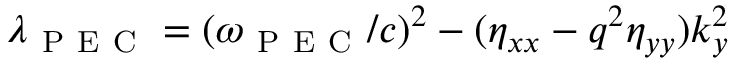
\lambda _ { \mathrm { ~ P ~ E ~ C ~ } } = ( \omega _ { \mathrm { ~ P ~ E ~ C ~ } } / c ) ^ { 2 } - ( \eta _ { x x } - q ^ { 2 } \eta _ { y y } ) k _ { y } ^ { 2 }